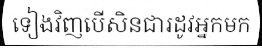
ទៀងវិញបើសិនជារដូវអ្នកមក